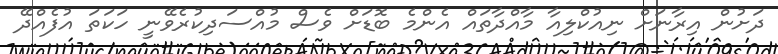
ދަށުން އިރާނަށް ނިއުކްލިއާ މާއްދާތައް އެންމެ ބޮޑަށް ވެސް މުއްސަދިކުރެވޭނީ ހަކަތަ އުފެއްދޭ